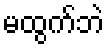
မထွက်ဘဲ